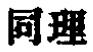
同理